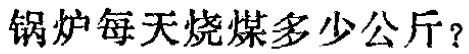
锅炉每天烧煤多少公斤？